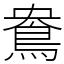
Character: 鴦